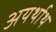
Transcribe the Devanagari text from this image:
अयर्थाथ